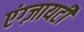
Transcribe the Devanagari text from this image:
एंग्ज़ायटी